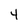
Character: 4